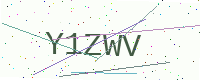
Text: Y1ZWV